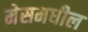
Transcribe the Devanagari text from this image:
मेसमधील